system: You are a helpful assistant.
user:
Analyze the provided spectrum to determine if it is a **M-type Giant (gM)**.

A M-type Giant spectrum is defined by its **strong molecular absorption** features, particularly from **Titanium Oxide (TiO)**. You must check for one of the following mutually exclusive signatures:

- **Key Visual Indicators (Absorption-Dominated Spectrum):**

    - **(Primary):** The spectrum is dominated by strong molecular absorption from **Titanium Oxide (TiO)**. This is the **defining feature** of its M-type temperature class.
        - **(Key Bandheads):** Look for sharp, "saw-tooth" absorption valleys. The strongest are located near **~7050 Å**, **~6160 Å**, and **~5170 Å**.
        - **(Line Profile):** The "saw-tooth" morphology is critical: a **sharp, steep drop on the BLUE (short-wavelength) side** of the bandhead, followed by a gradual recovery (rising flux) towards the RED (long-wavelength) side.

    - **(Key Confirmation - Giant vs. Dwarf):** **ABSENCE** of strong **Calcium Hydride (CaH)** molecular bands. This is the primary diagnostic for *excluding* M-dwarfs.
        - **(Key Region):** The spectrum should lack the strong, broad absorption band seen in dwarfs between **~6800 Å and ~7000 Å**.

    - **(Secondary Confirmation - Giant):** A very strong and broad **Neutral Calcium (Ca I)** atomic absorption line.
        - **(Key Line):** Located at **~4226 Å**. In a giant (gM), this line is significantly deeper and broader than the same line in an M-dwarf (dM) due to low surface gravity.

    - **(Overall Spectrum):**
        - The continuum is **extremely red-sloping** (i.e., flux is very low in the blue and rises dramatically towards the red).
        - The entire spectrum appears "chopped up" by the deep TiO bands.

Think first, call **spectral_visualization_tool** if needed to examine features in detail, then provide your final answer. Your response must adhere to the following strict rules:
1.  **Overall Structure:** Your response must follow the format `<think>...</think> <tool_call>...</tool_call> (if a tool is used) <answer>...</answer>`.
2.  **Tool Usage Constraint:** You may only make **one** tool call per turn.
3.  **Final Answer Format:** In the `<answer>` tag, your conclusion must be inside a `\boxed{}` command (e.g., `\boxed{YES}` or `\boxed{NO}`), followed by your justification.

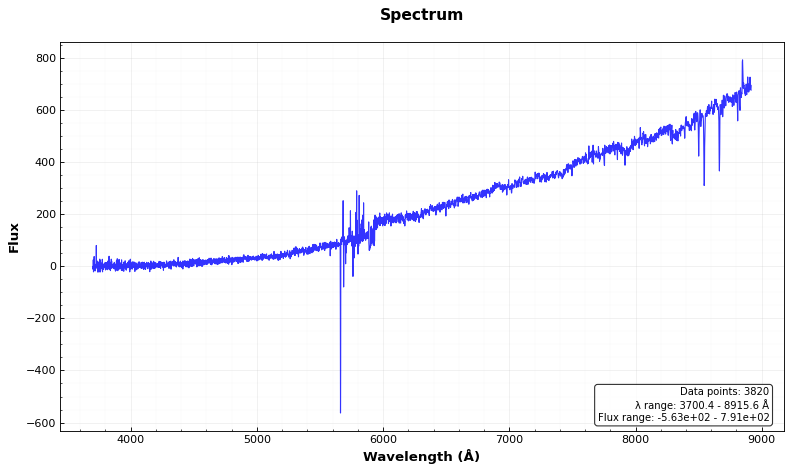
Answer: NO